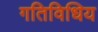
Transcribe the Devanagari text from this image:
गतिविधिय